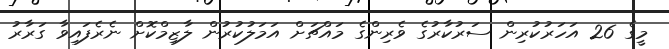
މީގެ 26 އަހަރުކުރިން ސަރުކާރުގެ ވެރިންގެ މައްޗަށް އަމަލުކުރުން ލާޒިމްކޮށް ނެރެފައިވާ ގަރާރު